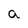
Character: a